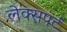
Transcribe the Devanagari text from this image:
लेक्सपर्ट